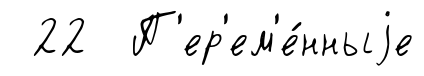
22 П'ер'ем'е́нныjе